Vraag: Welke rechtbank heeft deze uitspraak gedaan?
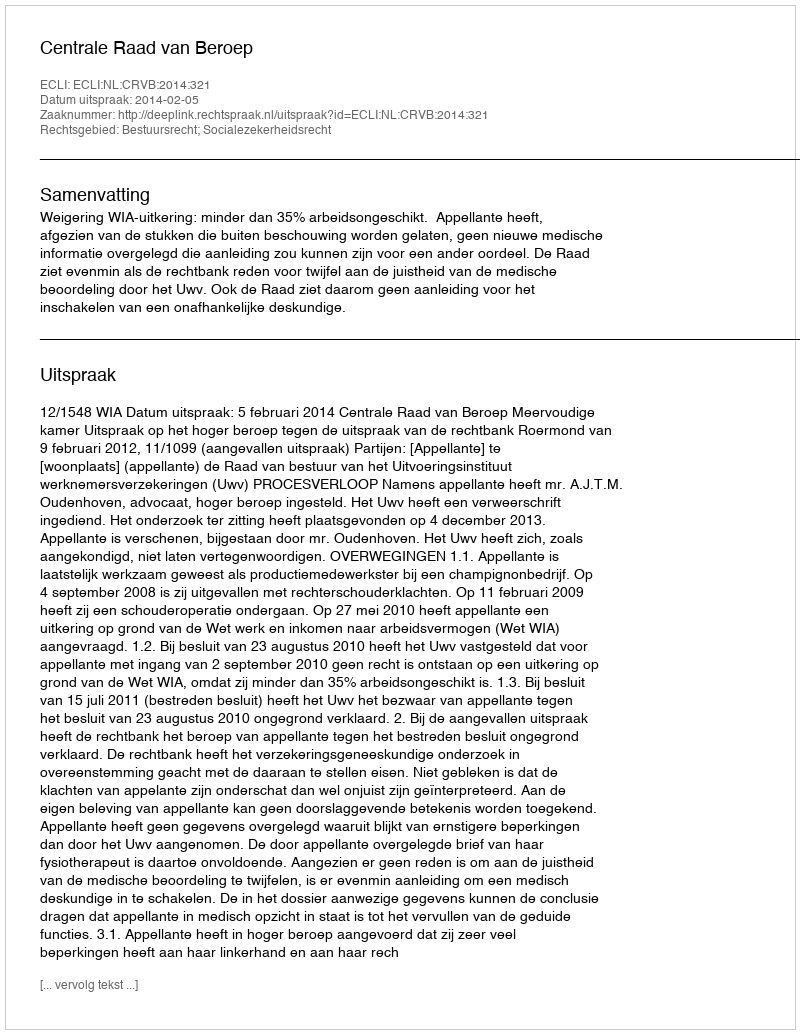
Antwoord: Centrale Raad van Beroep